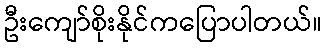
ဦးကျော်စိုးနိုင်ကပြောပါတယ်။